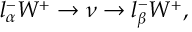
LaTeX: l _ { \alpha } ^ { - } W ^ { + } \rightarrow \nu \rightarrow l _ { \beta } ^ { - } W ^ { + } ,